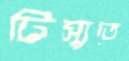
টিস্যুতে